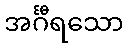
အင်္ဂီရသော